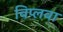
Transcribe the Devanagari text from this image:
विप्लवा